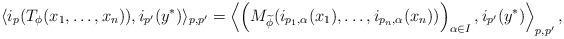
LaTeX: \begin{align*}\langle i_p(T_\phi(x_1,\ldots,x_n)),i_{p'}(y^*) \rangle_{p,p'} = \left \langle \left( M_{\widetilde{\phi}}( i_{p_1,\alpha}(x_1),\ldots,i_{p_n,\alpha}(x_n) ) \right)_{\alpha \in I} , i_{p'}(y^*) \right \rangle_{p,p'},\end{align*}